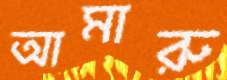
আমারু